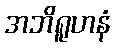
အဘိရူဟနံ